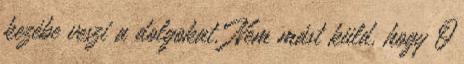
kezébe veszi a dolgokat. Nem mást küld, hogy Ő